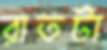
রাতটা